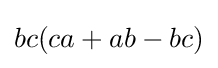
bc(ca+ab-bc)